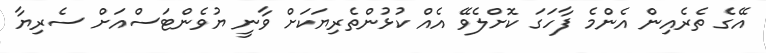
އޭގެ ތެރެއިން އެންމެ ފާހަގަ ކޮށްލެވޭ އެއް ކުޅުންތެރިޔަކަށް ވާނީ ޔުވެންޓަސްއަށް ސެރިޔާ